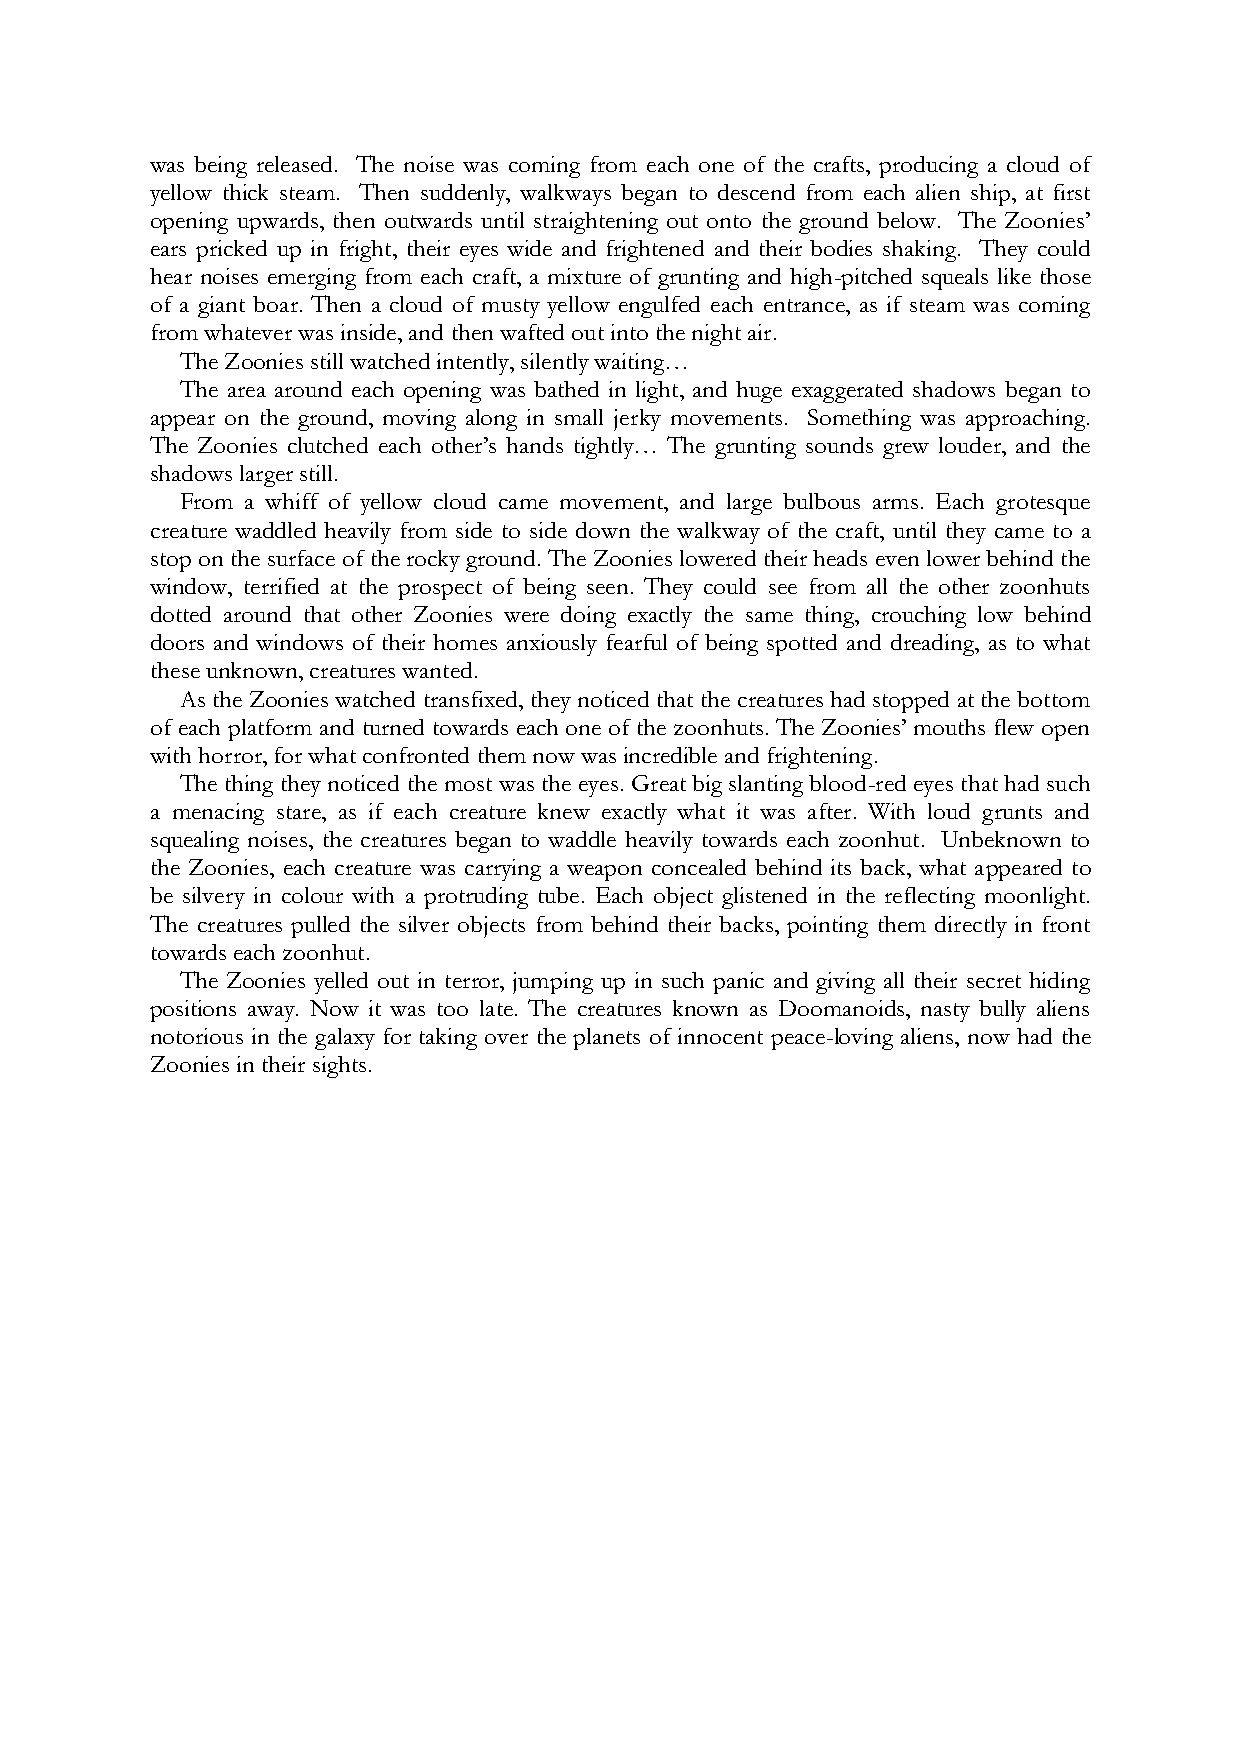
was being released. The noise was coming from each one of the crafts, producing a cloud of
 yellow thick steam. Then suddenly, walkways began to descend from each alien ship, at first
 opening upwards, then outwards until straightening out onto the ground below. The Zoonies’
 ears pricked up in fright, their eyes wide and frightened and their bodies shaking. They could
 hear noises emerging from each craft, a mixture of grunting and high-pitched squeals like those
 of a giant boar. Then a cloud of musty yellow engulfed each entrance, as if steam was coming
 from whatever was inside, and then wafted out into the night air.
 The Zoonies still watched intently, silently waiting…
 The area around each opening was bathed in light, and huge exaggerated shadows began to
 appear on the ground, moving along in small jerky movements. Something was approaching.
 The Zoonies clutched each other’s hands tightly… The grunting sounds grew louder, and the
 shadows larger still.
 From a whiff of yellow cloud came movement, and large bulbous arms. Each grotesque
 creature waddled heavily from side to side down the walkway of the craft, until they came to a
 stop on the surface of the rocky ground. The Zoonies lowered their heads even lower behind the
 window, terrified at the prospect of being seen. They could see from all the other zoonhuts
 dotted around that other Zoonies were doing exactly the same thing, crouching low behind
 doors and windows of their homes anxiously fearful of being spotted and dreading, as to what
 these unknown, creatures wanted.
 As the Zoonies watched transfixed, they noticed that the creatures had stopped at the bottom
 of each platform and turned towards each one of the zoonhuts. The Zoonies’ mouths flew open
 with horror, for what confronted them now was incredible and frightening.
 The thing they noticed the most was the eyes. Great big slanting blood-red eyes that had such
 a menacing stare, as if each creature knew exactly what it was after. With loud grunts and
 squealing noises, the creatures began to waddle heavily towards each zoonhut. Unbeknown to
 the Zoonies, each creature was carrying a weapon concealed behind its back, what appeared to
 be silvery in colour with a protruding tube. Each object glistened in the reflecting moonlight.
 The creatures pulled the silver objects from behind their backs, pointing them directly in front
 towards each zoonhut.
 The Zoonies yelled out in terror, jumping up in such panic and giving all their secret hiding
 positions away. Now it was too late. The creatures known as Doomanoids, nasty bully aliens
 notorious in the galaxy for taking over the planets of innocent peace-loving aliens, now had the
 Zoonies in their sights.